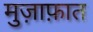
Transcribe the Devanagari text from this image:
मुज़ाफ़ात